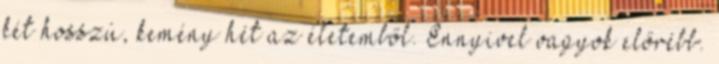
két hosszú, kemény hét az életemből. Ennyivel vagyok előrébb.